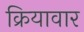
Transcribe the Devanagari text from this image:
क्रियावार